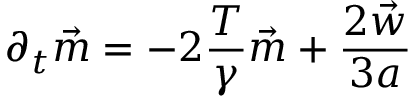
\partial _ { t } \vec { m } = - 2 \frac { T } { \gamma } \vec { m } + \frac { 2 \vec { w } } { 3 a }